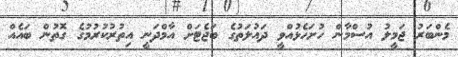
މެންބަރު ޖަމީލު އުސްމާން ހުށަހެޅުއްވީ ދައުލަތުގެ ބަޖެޓަށް އާމްދަނީ އިތުރުކުރުމުގެ ގޮތުން ބައެއް